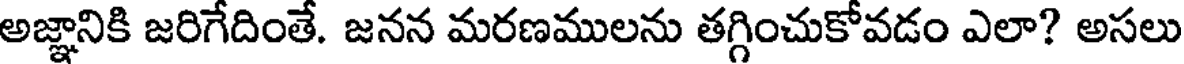
అజ్ఞానికి జరిగేదింతే. జనన మరణములను తగ్గించుకోవడం ఎలా? అసలు